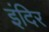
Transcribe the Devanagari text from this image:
इंदिर